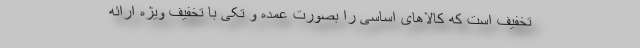
تخفیف است که کالاهای اساسی را بصورت عمده و تکی با تخفیف ویژه ارائه